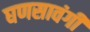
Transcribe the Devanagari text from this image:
घणसावंगी